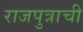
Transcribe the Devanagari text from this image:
राजपुत्राची